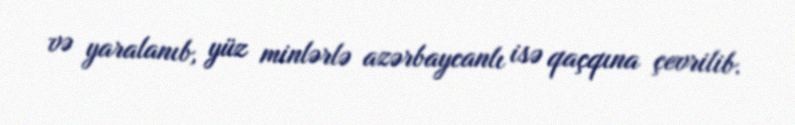
və yaralanıb, yüz minlərlə azərbaycanlı isə qaçqına çevrilib.